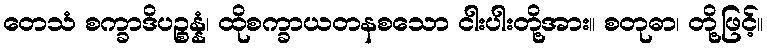
တေသံ စက္ခာဒိပဉ္စန္နံ၊ ထိုစက္ခာယတနစသော ငါးပါးတို့အား။ စတုဓာ၊ တို့ဖြင့်။